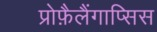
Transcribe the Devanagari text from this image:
प्रोफ़ैलैंगाप्सिस